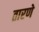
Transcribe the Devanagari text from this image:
तारणे